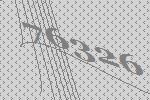
76326